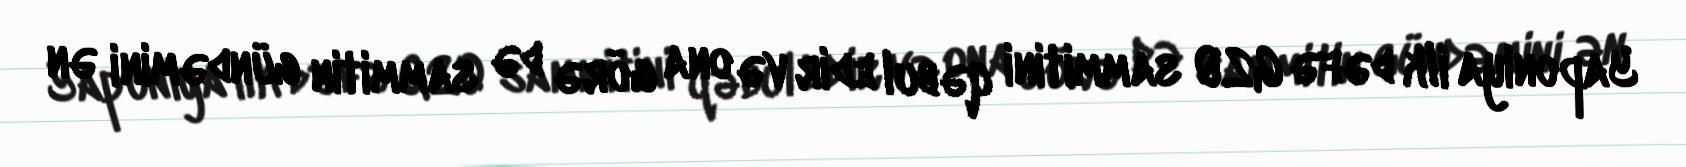
Yaponiya ilk dəfə G20 sammitini qəbul edir və ona görə də sammitin gündəmini ən